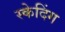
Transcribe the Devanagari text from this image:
स्केदिंग